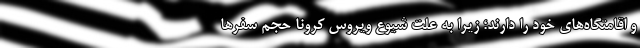
و اقامتگاه‌های خود را دارند؛ زیرا به علت شیوع ویروس کرونا حجم سفرها